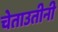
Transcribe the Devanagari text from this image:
चेताउतीनी